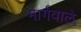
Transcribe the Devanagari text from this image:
मार्गवाले